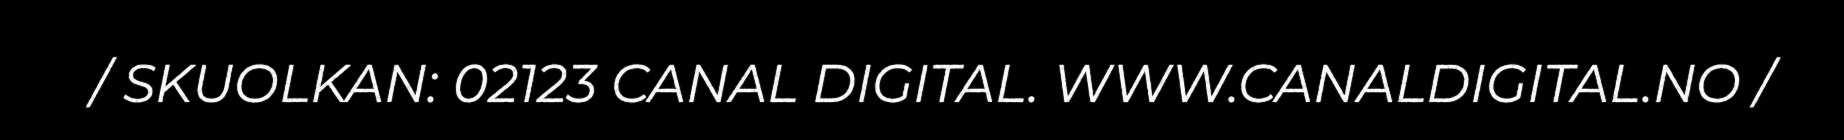
/ SKUOLKAN: 02123 CANAL DIGITAL. WWW.CANALDIGITAL.NO /